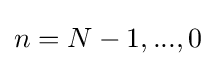
n=N-1,...,0